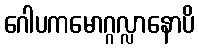
ဂေါပကမောဂ္ဂလ္လာနောပိ